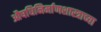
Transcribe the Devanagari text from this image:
औषधिनिर्माणशास्त्राच्या